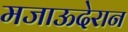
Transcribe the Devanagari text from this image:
मजाऊदेरान